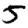
Digit: 5